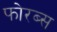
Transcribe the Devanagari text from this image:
फोरब्स